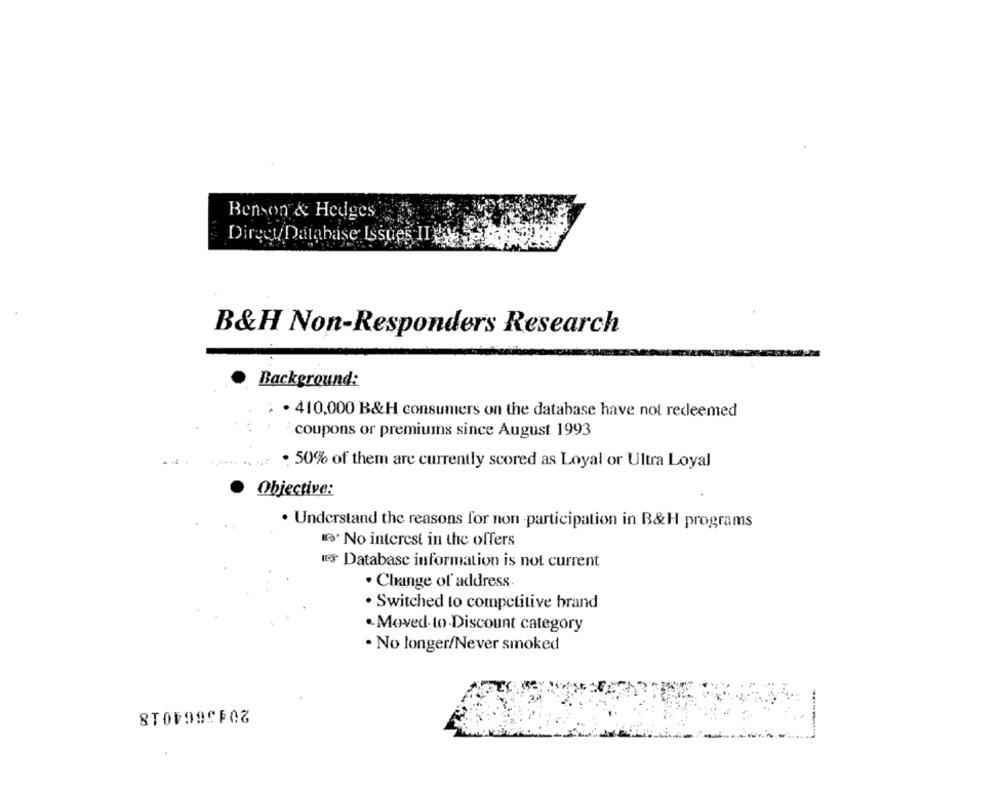
Benson & Hedges.
Direct Database Issues IL
B&H Non-Responders Research
Background:
. . 410,000 B&H consumers on the database have not redeemed
coupons or premiums since August 1993
. 50% of them are currently scored as Loyal or Ultra Loyal
Objective:
. Understand the reasons for non participation in B&H programs
. No interest in the offers
LES Database information is not current
. Change of address.
. Switched to competitive brand
.Moved-to-Discount category
. No longer/Never smoked
2045664018